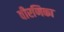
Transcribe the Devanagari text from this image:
वीरणिका